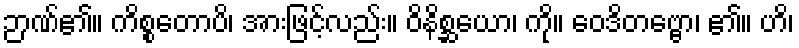
ဉာဏ်၏။ ကိစ္စတောပိ၊ အားဖြင့်လည်း။ ဝိနိစ္ဆယော၊ ကို။ ဝေဒိတဗ္ဗော၊ ၏။ ဟိ၊